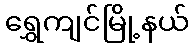
ရွှေကျင်မြို့နယ်